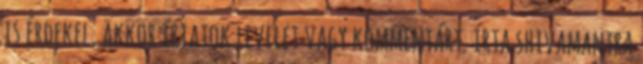
is érdekel, akkor írjatok levelet vagy kommentárt. írta shivamantra